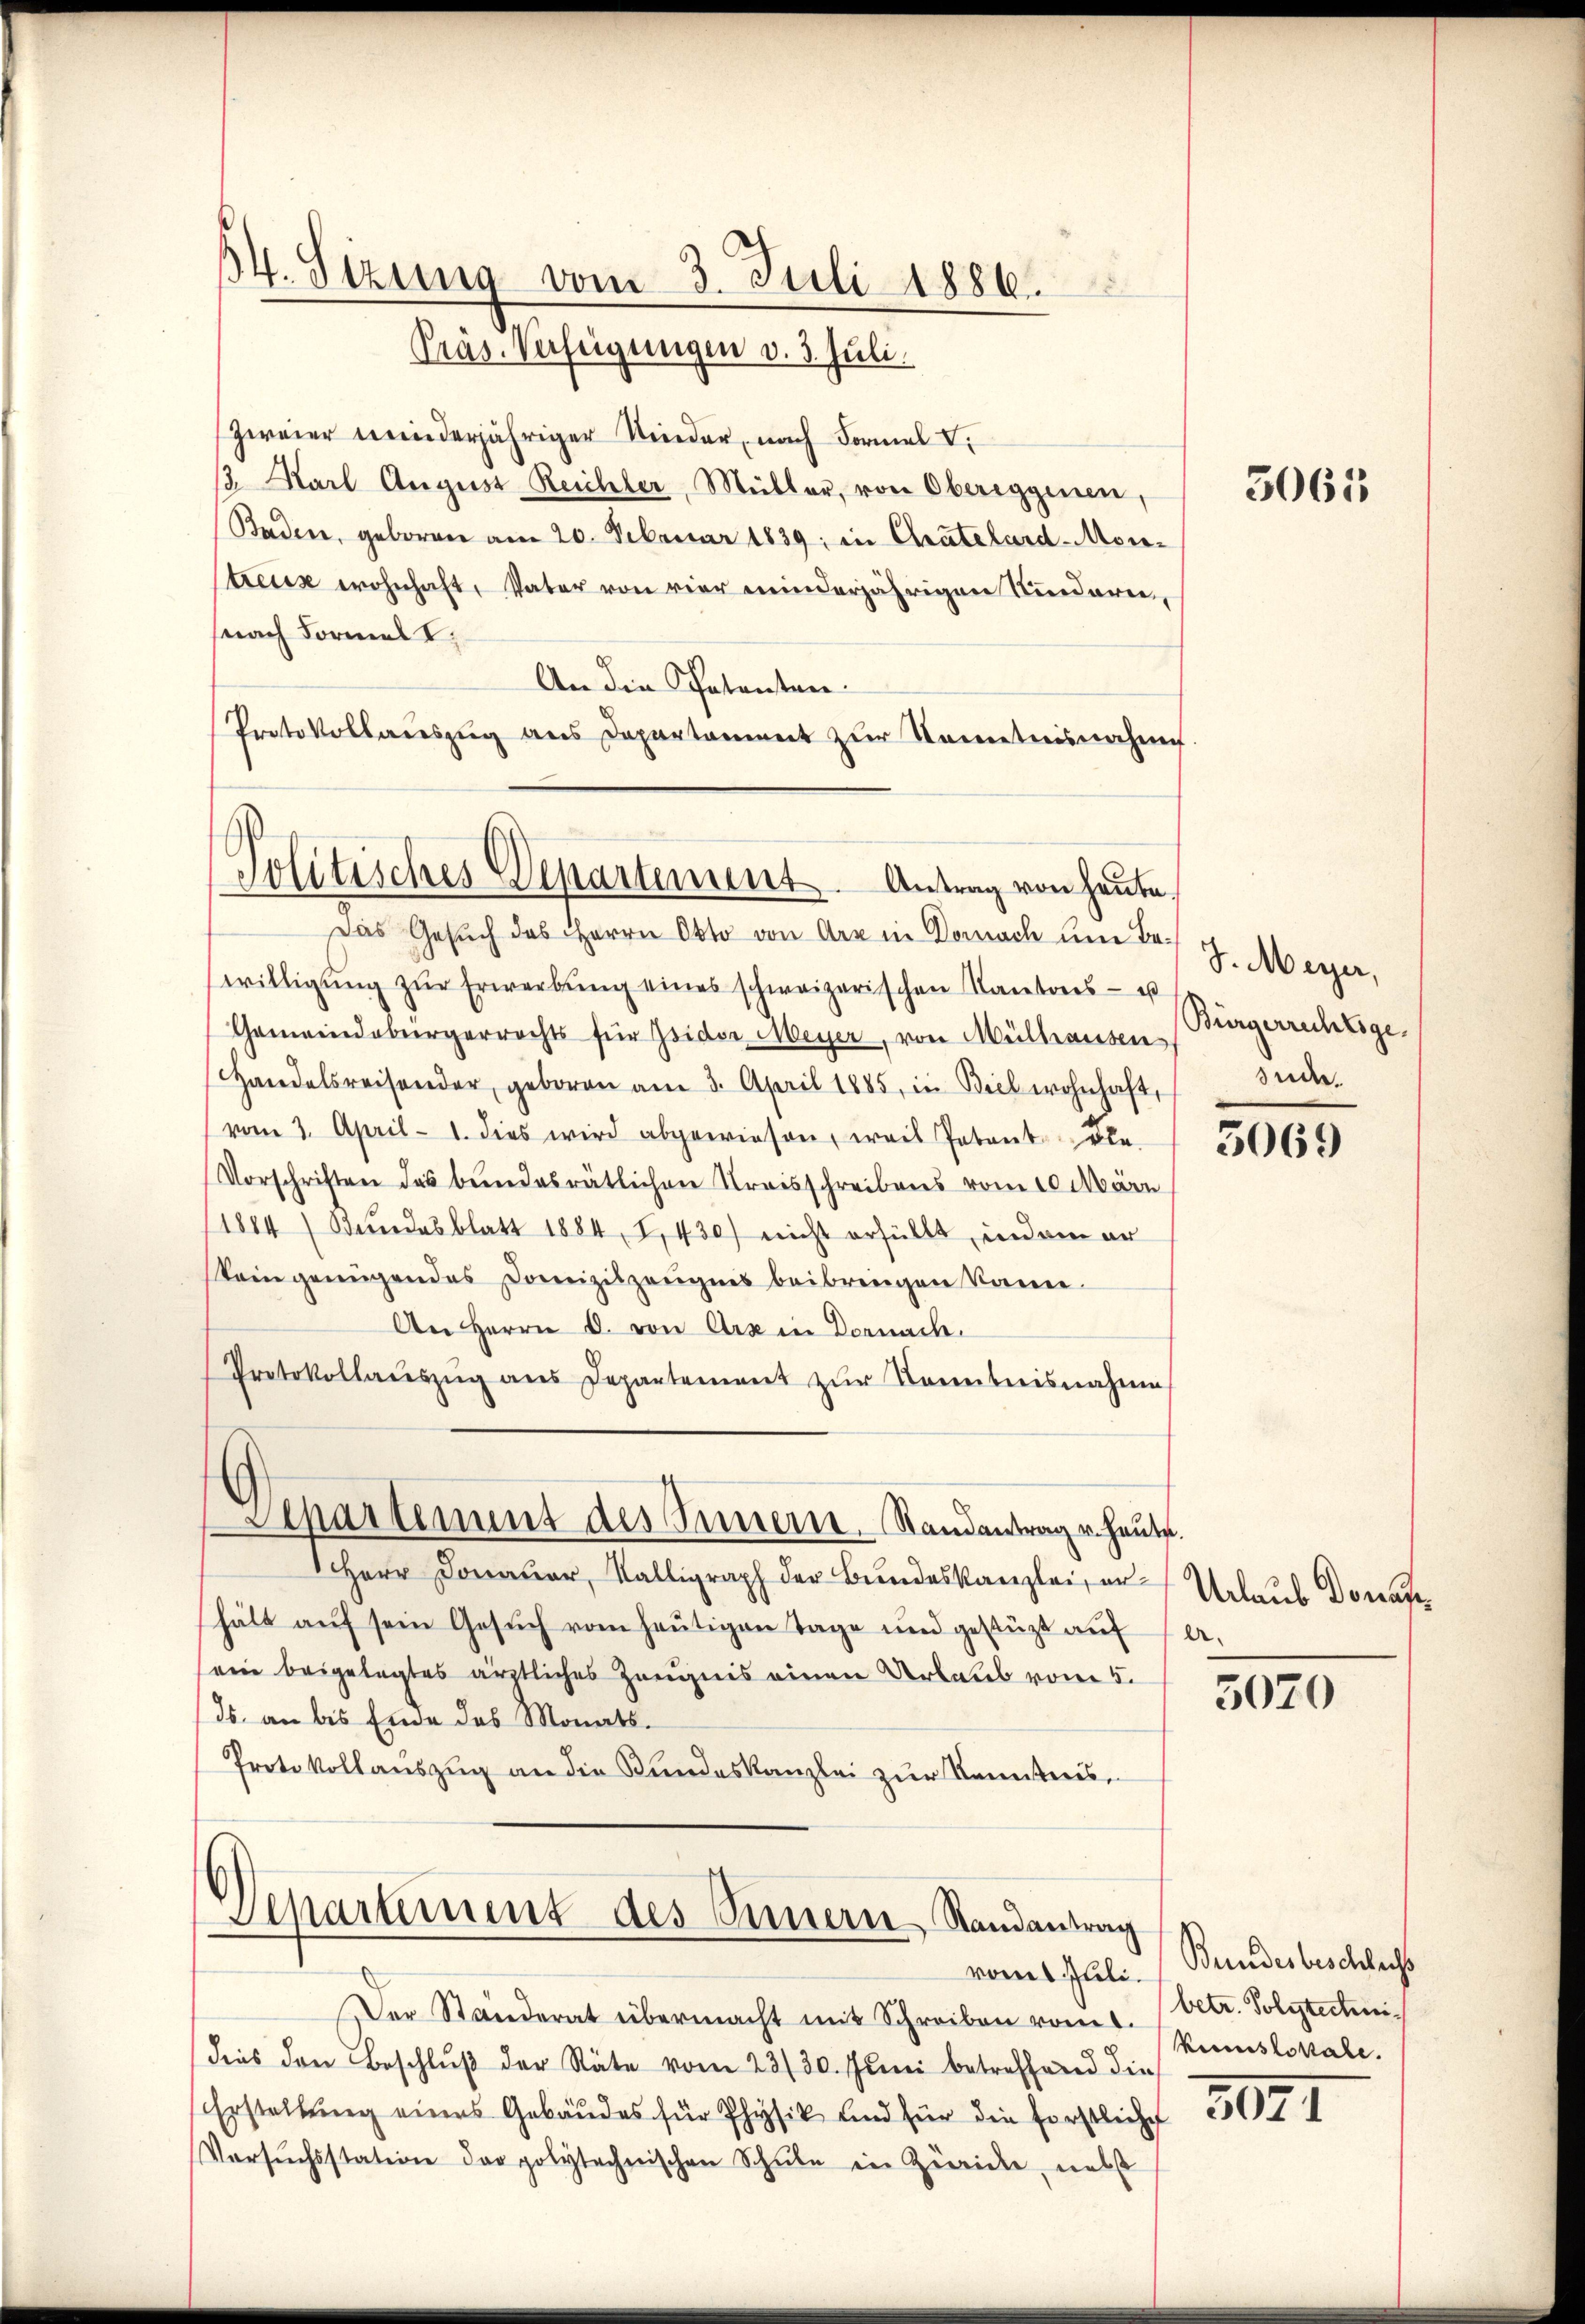
Zweier meinderjähriger Kinder, nach Formel V.
. Karl August Reichler, Müller, von Obereggenen,
Baden, geboren am 20. Februar 1839; in Chatelard-Montreuz wohnhaft, Vater von vier minderjährigen Kinderen,
(nach Formel I
An die Petenten:
Protokollauszug aus Departament zur Kenntnisnahme.

54. Sizung vom 3. Juli 1886.
Präs. Verfeigungen v. 3. Juli.

Jolitisches Departement. Antrag von heute.

Das Gesuch des Herrn Otto von Arr in Dornach um Fr. J. Meyer,
willigŭng zŭr Erwerbung eines schweizerischen Kantons - us
Gemeindebergerrechts für Isidor Meyer, von Mülhausen
Handelsreisender, geboren am 3. April 1885, in Biel wohnhaft, Side.
vom 2. April 1. dies wird abgewiesen, weis Patentele
Vorschriften das bundesrätlichen Kreisschreibens vom 10. März
(1884 / Bundesblatt 1884, 1,430) nicht erfüllt, indem er
steingenügendes Domizilzeŭgnis beibringen kann.
An Herrn C. von Arx in Dornach.
Protokollaŭszŭg ans Departement zŭr Kenntnisnahme

Separtement des Innern. Randantrag u. heute.

Herr Donauer, Walligraph der Bundeskanzlei, er Urlaub Donat
hält auf sein Gesuch vom heutigen Tage und gestüzt auf
ein beigelegtes ärztliches Zeugnis einen Urlaub vom 5.
ds. an bis Ende des Monats-
Protokollauszug an die Kundeskanzlei zur Kenntnis,

Departement des Innern Randantrag

Der Standerat übermacht mit Schreiben vom 1. (betr. Polytechnidies den Beschlŭβ der Stäte vom 23/30. Juni betreffend die
Erstellŭng eines Gebäudes für Physik und für die Forstliche
Versŭchsstation der polytechnischen Schule in Züricke, nebst

vom Juli.

3063

Bürgerrechtige.

5069

e.

5070

Bundesbeschlecht
kanislokale.

2091